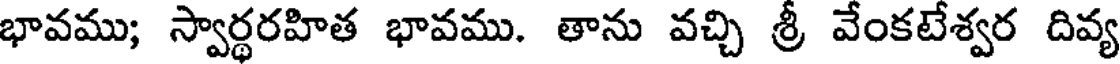
భావము; స్వార్థరహిత భావము. తాను వచ్చి శ్రీ వేంకటేశ్వర దివ్య